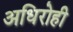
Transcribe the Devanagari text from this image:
अधिरोही